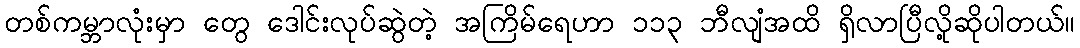
တစ်ကမ္ဘာလုံးမှာ တွေ ဒေါင်းလုပ်ဆွဲတဲ့ အကြိမ်ရေဟာ ၁၁၃ ဘီလျံအထိ ရှိလာပြီလို့ဆိုပါတယ်။